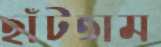
হাঁটতাম